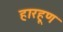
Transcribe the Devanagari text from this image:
हारहूण